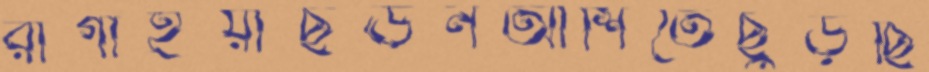
রাগাইয়াছঊনআশিতেছুড়ছি